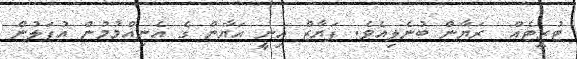
ޓުރީޓެއް  ރަޔާން ބުނެލިއެވެ. ފަޔާޒް އިނީ އަޔާން ގެ އެނިއްމުމުން އުފަލުން